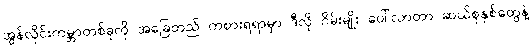
အွန်လိုင်းကမ္ဘာတစ်ခုကို အခြေတည် ကစားရရာမှာ ဒီလို ဂိမ်းမျိုး ပေါ်လာတာ ဆယ်စုနှစ်တွေနဲ့